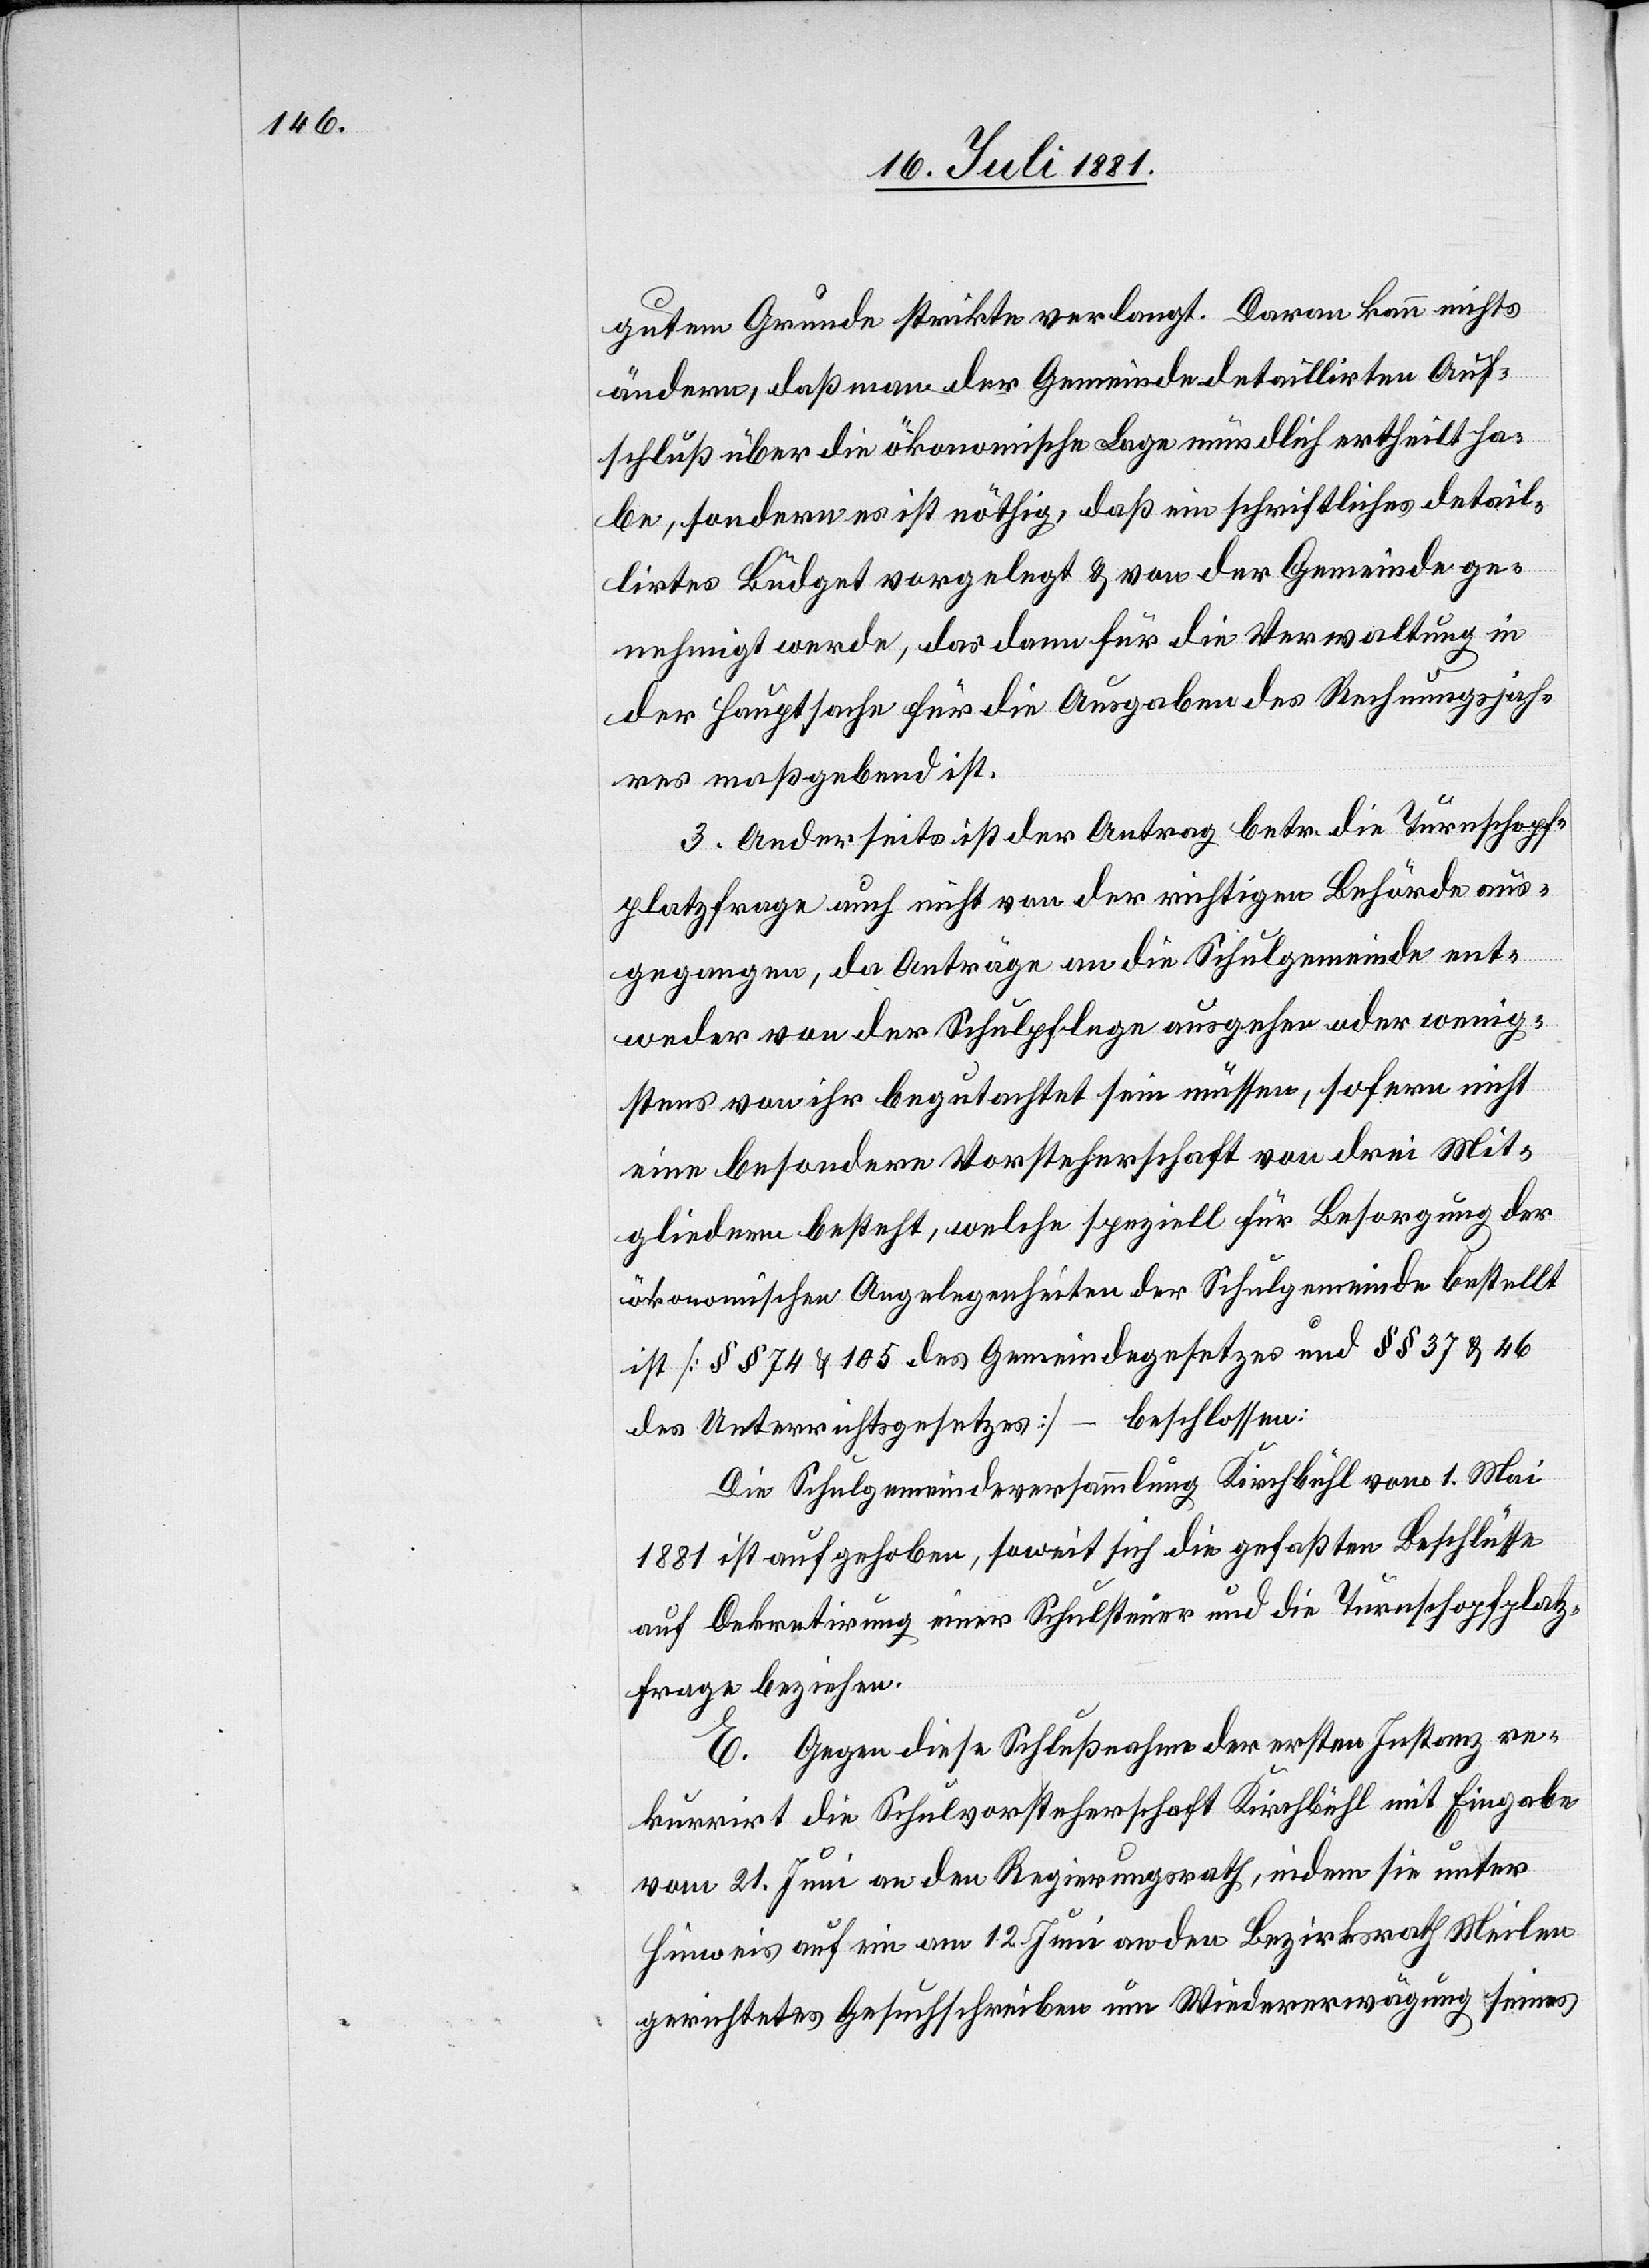
gutem Grunde strikte verlangt. Daran kann nichts
ändern, daß man der Gemeinde detaillirten Auf¬
schluß über die ökonomische Lage mündlich ertheilt ha¬
be, sondern es ist nöthig, daß ein schriftliches detail¬
lirtes Budget vorgelegt & von der Gemeinde ge¬
nehmigt werde, das dann für die Verwaltung in
der Hauptsache für die Ausgaben des Rechnungsjah¬
res maßgebend ist.
3. Anderseits ist der Antrag betr. die Turnschopf¬
platzfrage auch nicht von der richtigen Behörde aus¬
gegangen, da Anträge an die Schulgemeinde ent¬
weder von der Schulpflege ausgehen oder wenig¬
stens von ihr begutachtete sein müssen, sofern nicht
eine besondere Vorsteherschaft von drei Mit¬
gliedern besteht, welche speziell für Besorgung der
ökonomischen Angelegenheiten der Schulgemeinde bestellt
ist [§§ 74 & 105 des Gemeindegesetzes und §§ 37 & 46
des Unterrichtsgesetzes] – beschlossen:
Die Schulgemeindeversammlung Kirchbühl vom 1. Mai
1881 ist aufgehoben, soweit sich die gefaßten Beschlüsse
auf Dekretirung einer Schulsteuer und die Turnschopfplatz¬
frage beziehen.
E. Gegen diese Schlußnahmen der ersten Instanz re¬
kurrirt die Schulvorsteherschaft Kirchbühl mit Eingabe
vom 21. Juni an den Regierungsrath, indem sie unter
Hinweis auf ein am 12. Juni an den Bezirksrath Meilen
gerichtetes Gesuchschreiben um Wiedererwägung seines